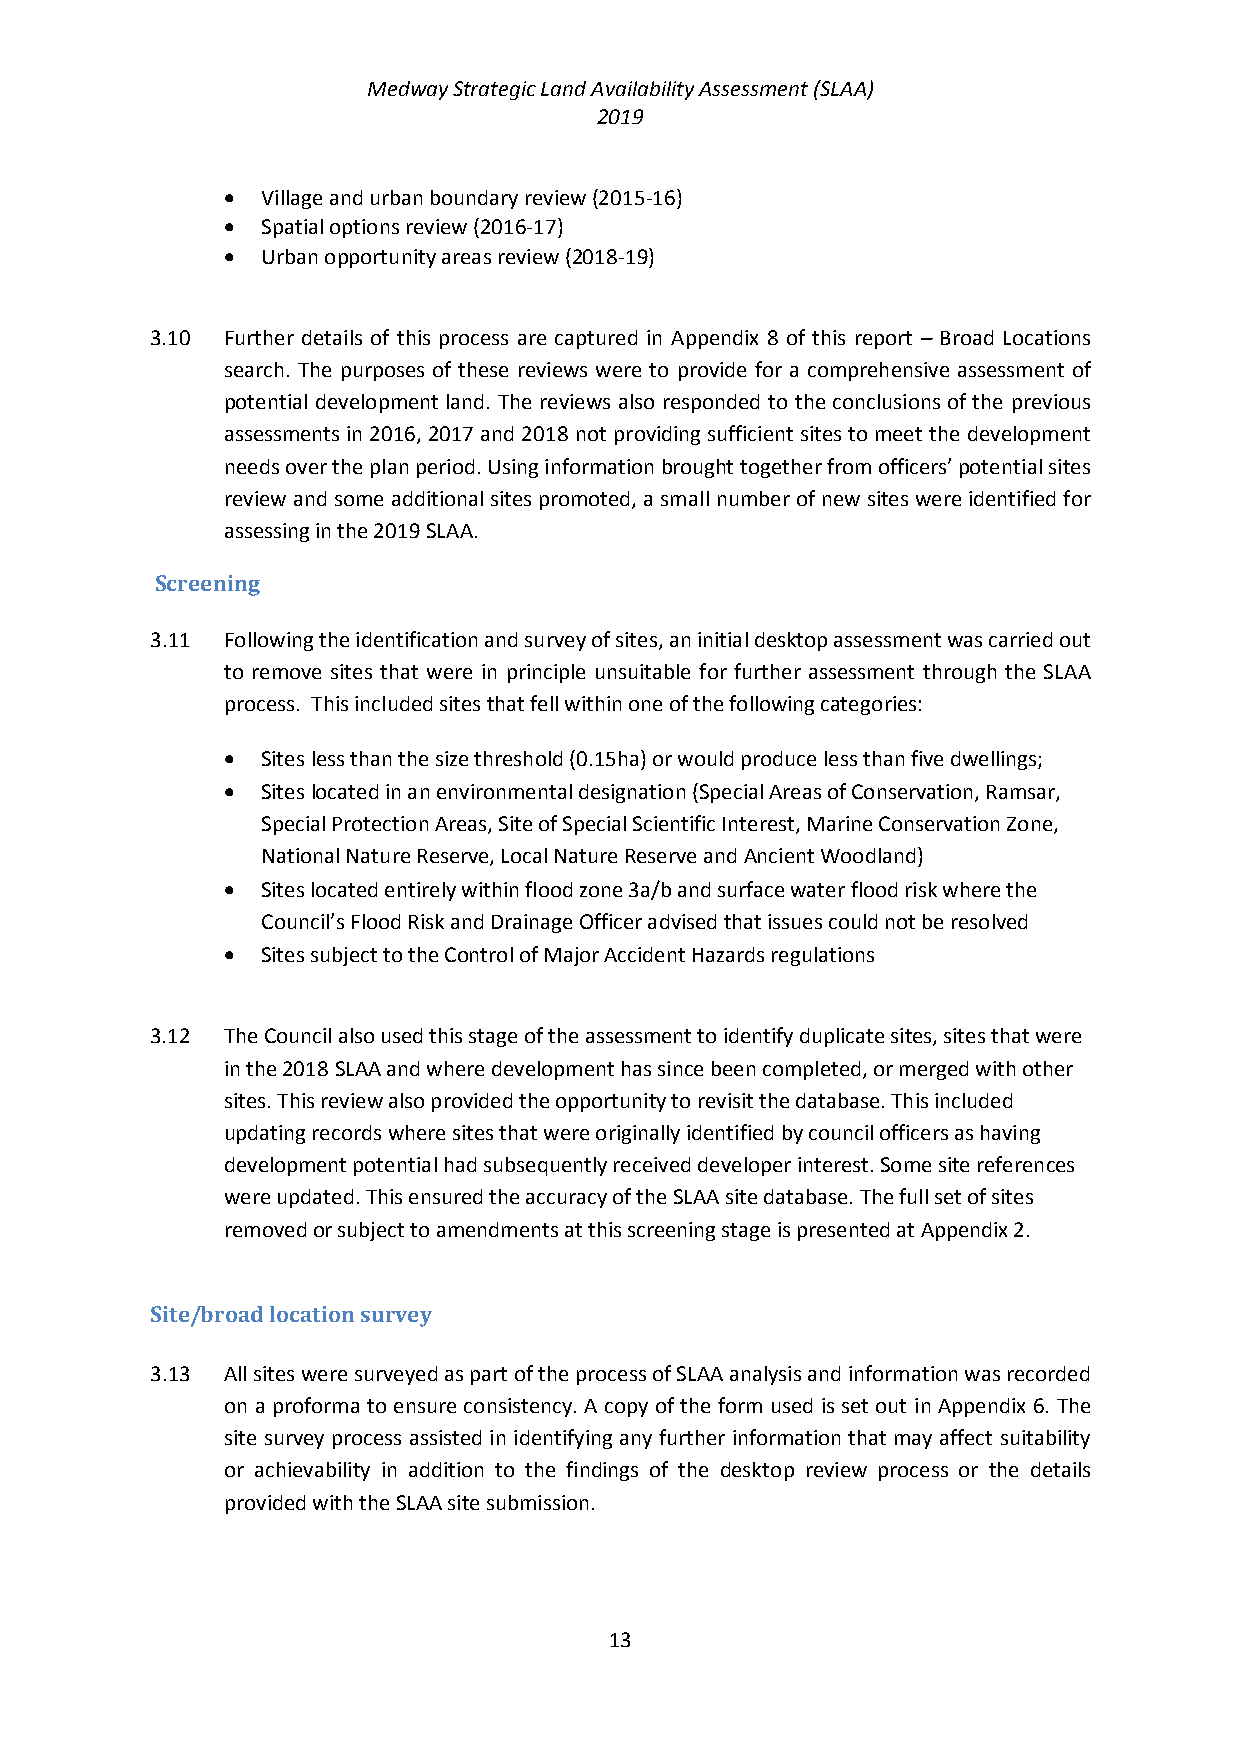
Medway Strategic Land Availability Assessment (SLAA)
 2019
  Village and urban boundary review (2015-16)
  Spatial options review (2016-17)
  Urban opportunity areas review (2018-19)
 3.10 Further details of this process are captured in Appendix 8 of this report – Broad Locations
 search. The purposes of these reviews were to provide for a comprehensive assessment of
 potential development land. The reviews also responded to the conclusions of the previous
 assessments in 2016, 2017 and 2018 not providing sufficient sites to meet the development
 needs over the plan period. Using information brought together from officers’ potential sites
 review and some additional sites promoted, a small number of new sites were identified for
 assessing in the 2019 SLAA.
 Screening
 3.11 Following the identification and survey of sites, an initial desktop assessment was carried out
 to remove sites that were in principle unsuitable for further assessment through the SLAA
 process. This included sites that fell within one of the following categories:
  Sites less than the size threshold (0.15ha) or would produce less than five dwellings;
  Sites located in an environmental designation (Special Areas of Conservation, Ramsar,
 Special Protection Areas, Site of Special Scientific Interest, Marine Conservation Zone,
 National Nature Reserve, Local Nature Reserve and Ancient Woodland)
  Sites located entirely within flood zone 3a/b and surface water flood risk where the
 Council’s Flood Risk and Drainage Officer advised that issues could not be resolved
  Sites subject to the Control of Major Accident Hazards regulations
 3.12 The Council also used this stage of the assessment to identify duplicate sites, sites that were
 in the 2018 SLAA and where development has since been completed, or merged with other
 sites. This review also provided the opportunity to revisit the database. This included
 updating records where sites that were originally identified by council officers as having
 development potential had subsequently received developer interest. Some site references
 were updated. This ensured the accuracy of the SLAA site database. The full set of sites
 removed or subject to amendments at this screening stage is presented at Appendix 2.
 Site/broad location survey
 3.13 All sites were surveyed as part of the process of SLAA analysis and information was recorded
 on a proforma to ensure consistency. A copy of the form used is set out in Appendix 6. The
 site survey process assisted in identifying any further information that may affect suitability
 or achievability in addition to the findings of the desktop review process or the details
 provided with the SLAA site submission.
 13